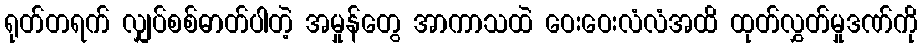
ရုတ်တရက် လျှပ်စစ်ဓာတ်ပါတဲ့ အမှုန်တွေ အာကာသထဲ ဝေးဝေးလံလံအထိ ထုတ်လွှတ်မှုဒဏ်ကို